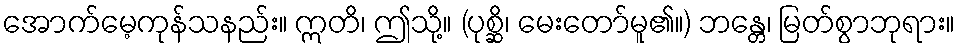
အောက်မေ့ကုန်သနည်း။ ဣတိ၊ ဤသို့။ (ပုစ္ဆိ၊ မေးတော်မူ၏။) ဘန္တေ၊ မြတ်စွာဘုရား။